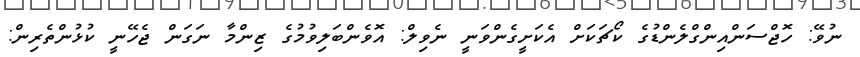
ނުވޭ: ހޮޖްސަންއިންގްލެންޑުގެ ކޯޗަކަށް އެކަށީގެންވަނީ ނެވިލް: އޮވެންބަލިވުމުގެ ޒިންމާ ނަގަން ޖެހޭނީ ކުޅުންތެރިން: